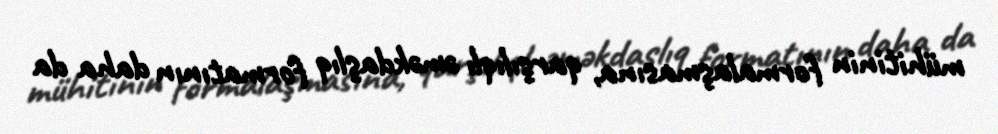
mühitinin formalaşmasına, qarşılıqlı əməkdaşlıq formatının daha da